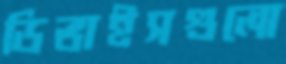
ডিভাইসগুলো